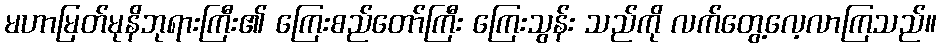
မဟာမြတ်မုနိဘုရားကြီး၏ ကြေးစည်တော်ကြီး ကြေးသွန်း သည်ကို လက်တွေ့လေ့လာကြသည်။